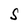
Character: S